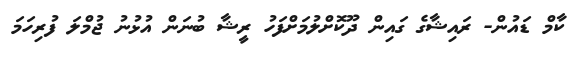
ކާމް ޑައުން- ރައިޝާގެ ގައިން ދޫކޮށްލުމަށްފަހު ރީޝާ ބުނަން އުޅުނު ޖުމްލަ ފުރިހަމަ